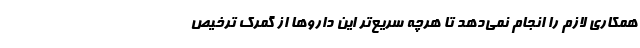
همکاری لازم را انجام نمی‌‌دهد تا هرچه سریع‌تر این داروها از گمرک ترخیص